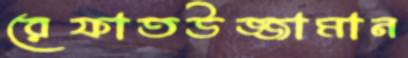
রেফাতউজ্জামান